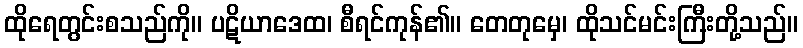
ထိုရေတွင်းစသည်ကို။ ပဋိယာဒေထ၊ စီရင်ကုန်၏။ တေတုမှေ၊ ထိုသင်မင်းကြီးတို့သည်။